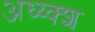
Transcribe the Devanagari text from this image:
अध्य्क्श